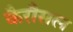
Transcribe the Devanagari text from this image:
कैरौसल